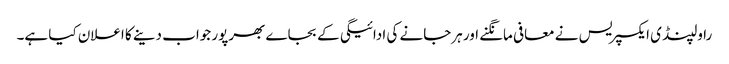
راولپنڈی ایکسپریس نے معافی مانگنے اور ہرجانے کی ادائیگی کے بجاے بھرپور جواب دینے کا اعلان کیا ہے۔